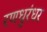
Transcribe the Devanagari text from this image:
रणधुरंधर